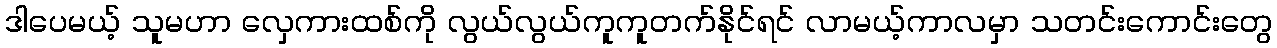
ဒါပေမယ့် သူမဟာ လှေကားထစ်ကို လွယ်လွယ်ကူကူတက်နိုင်ရင် လာမယ့်ကာလမှာ သတင်းကောင်းတွေ